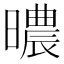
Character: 𣋏